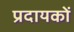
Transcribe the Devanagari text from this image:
प्रदायकों